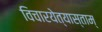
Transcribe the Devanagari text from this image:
विचारयेत्यास्ताम्